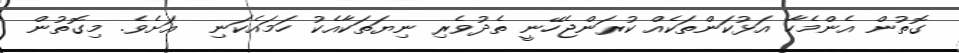
ގޮތުން އެންމެހާ އަޅުކަންތަކެއް ކުރަންޖެހޭނީ ތެދުވެރި ނިޔަތަކާއެކު ހަމައެކަނި  އަށެވެ. މިގޮތުން